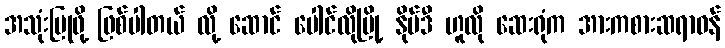
အသုံးပြုဖို့ ဖြစ်ပါတယ် လို့ ဆောင် ပေါင်လိုမြို့ နိုဗ်ဒီ ဟူလို ဆေးရုံက အားကစားဆရာဝန်